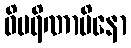
ဝိပရိဏာမိနော